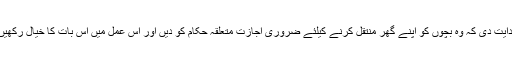
جسٹس ماگرے نے پولیس افسروں کو ہدایت دی کہ وہ بچوں کو اپنے گھر منتقل کرنے کیلئے ضروری اجازت متعلقہ حکام کو دیں اور اس عمل میں اس بات کا خیال رکھیں کہ لاک ڈاؤن کی خلاف ورزی نہ ہو ۔